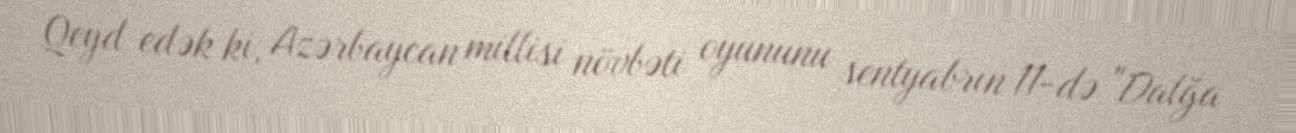
Qeyd edək ki, Azərbaycan millisi növbəti oyununu sentyabrın 11-də "Dalğa